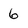
Character: 6